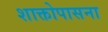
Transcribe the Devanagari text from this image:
शाक्तोपासना